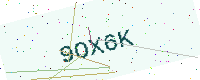
Text: 9OX6K